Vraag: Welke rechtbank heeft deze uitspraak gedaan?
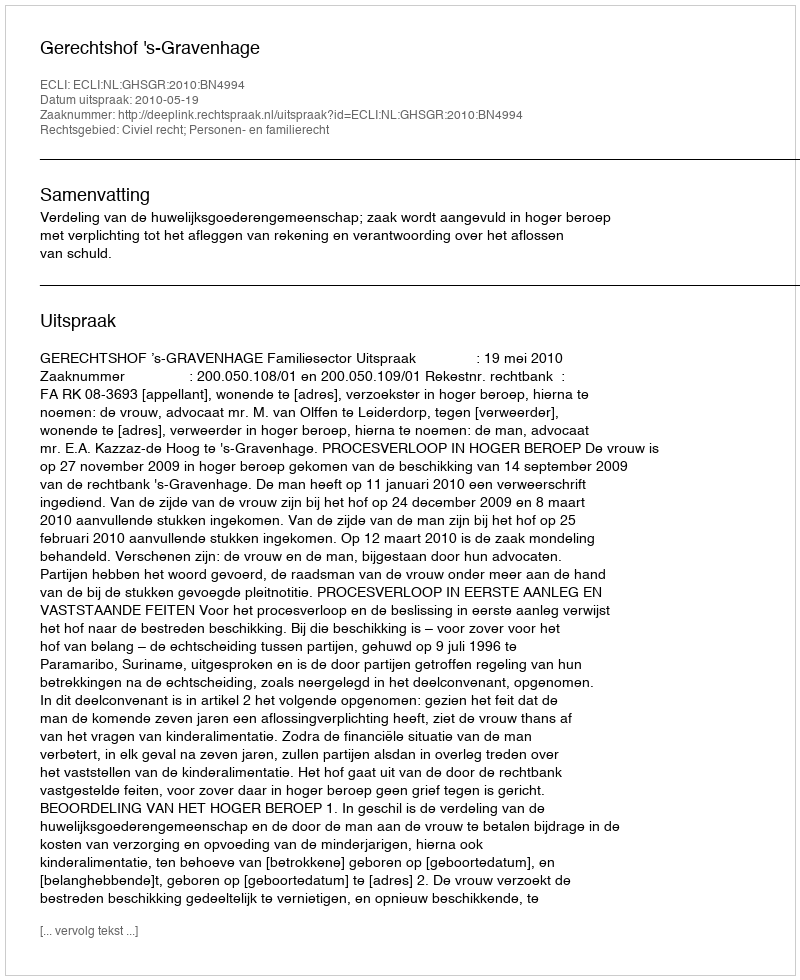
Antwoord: Gerechtshof 's-Gravenhage